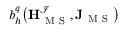
b _ { h } ^ { q } \big ( \mathbf { H } _ { \mathrm { ~ M ~ S ~ } } ^ { \mathcal { I } } , \mathbf { J } _ { \mathrm { ~ M ~ S ~ } } \big )